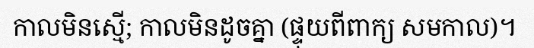
កាលមិនស្មើ; កាលមិនដូចគ្នា (ផ្ទុយពីពាក្យ សមកាល)។